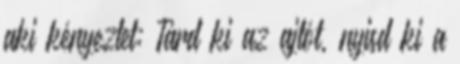
aki kényeztet; Tárd ki az ajtót, nyisd ki a